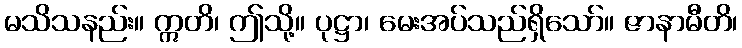
မသိသနည်း။ ဣတိ၊ ဤသို့။ ပုဋ္ဌာ၊ မေးအပ်သည်ရှိသော်။ ဇာနာမီတိ၊